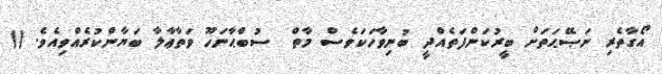
އޯގާތެރި ނަޞޭޙަތަށް ބީރުކަންފަތެއްދީ ބުނިވާހަކަވެސް މާތް  ސުބްޙާނަހޫ ވަތާޢާލާ ބަޔާންކުރެއްވިއެވެ. ((